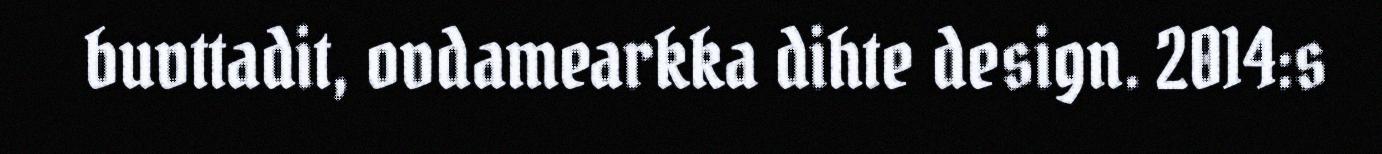
buvttadit, ovdamearkka dihte design. 2014:s